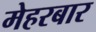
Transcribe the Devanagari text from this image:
मेहरबार